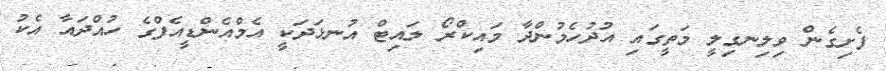
ފެށިގެން ވިލިނގިލީ މަތީގައި އުދުހެމުންދާ މައިކްރޯ ލައިޓް އުނޅަދަކީ އެމްއެންޑީއެފްގެ ހުއްދައާ އެކު